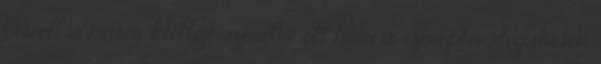
Cowell, a műsor kiötlője szeretne ott lenni a szereplőválogatáson.